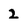
Character: 2